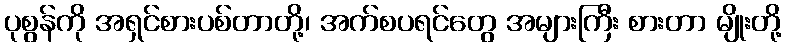
ပုစွန်ကို အရှင်စားပစ်တာတို့၊ အက်စပရင်တွေ အများကြီး စားတာ မျိုးတို့